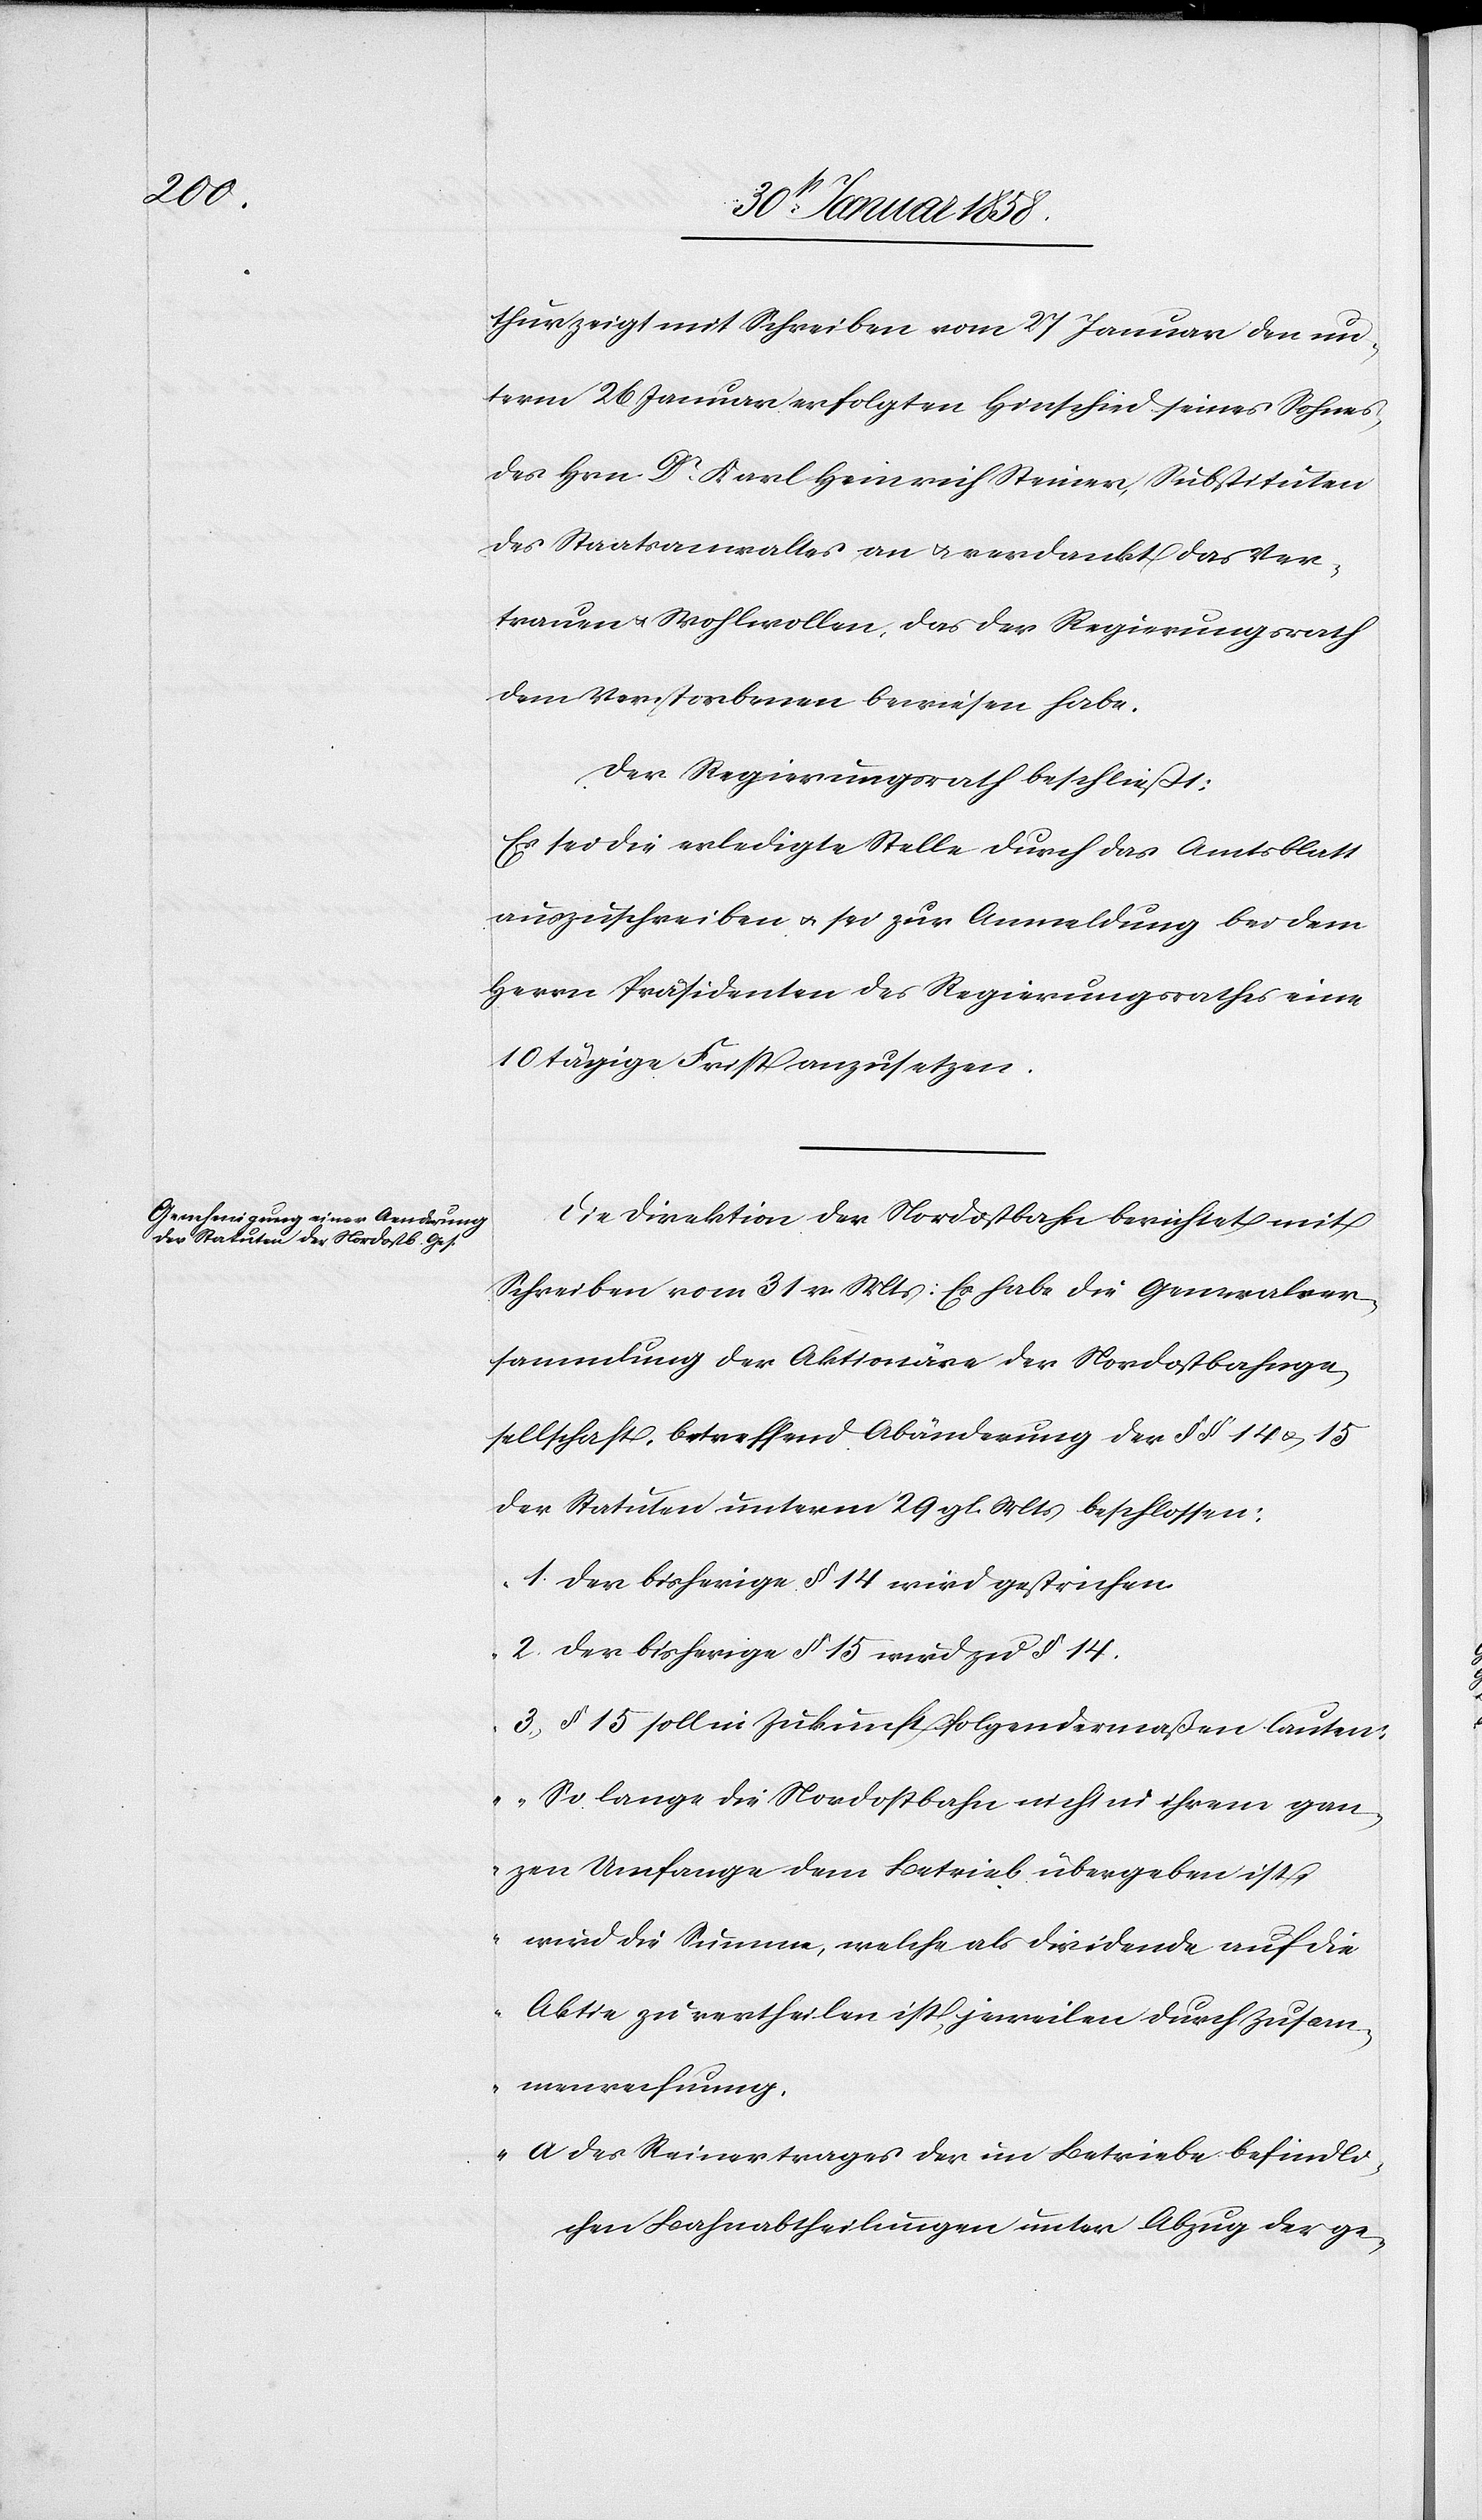
thur zeigt mit Schreiben vom 27 Januar den un¬
term 26 Januar erfolgten Hinschied seines Sohnes,
des Hrn. Dr Karl Heinrich Steiner, Substituten
des Staatsanwaltes an u. verdankt das Ver¬
trauen u. Wohlwollen, das der Regierungsrath
dem Verstorbenen bewiesen habe.
Der Regierungsrath beschließt:
Es sei die erledigte Stelle durch das Amtsblatt
auszuschreiben u. sei zur Anmeldung bei dem
Herrn Präsidenten des Regierungsrathes eine
10 tägige Frist anzusetzen.
Die Direktion der Nordostbahn berichtet mit
Schreiben vom 31 v. Mts: Es habe die Generalver¬
sammlung der Aktionäre der Nordostbahnge¬
sellschaft, betreffend Abänderung der § § 14 u. 15
der Statuten unterm 29 gl. Mts beschlossen:
„1. Der bisherige § 14 wird gestrichen.
2. der bisherige § 15 wird zu § 14.
3. § 15 soll in Zukunft folgendermaßen lauten:
„So lange die Nordostbahn nicht in ihrem gan¬
zen Umfange dem Betrieb übergeben ist,
wird die Summe, welche als Dividende auf die
Aktie zu vertheilen ist, jeweilen durch Zusam¬
menrechnung.
a. des Reinertrages der im Betriebe befindli¬
chen Bahnabtheilungen unter Abzug der ge-